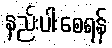
နည်းပါးစေရန်